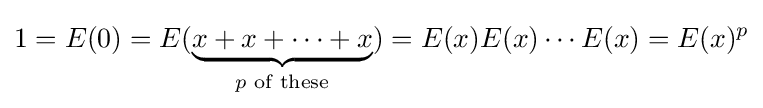
1=E(0)=E(\underbrace {x+x+\cdots +x} _{p{\text{ of these}}})=E(x)E(x)\cdots E(x)=E(x)^{p}